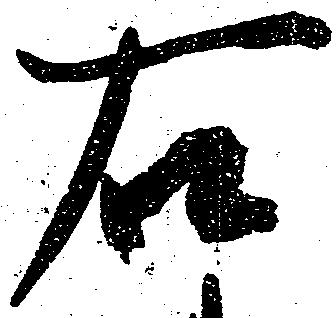
右